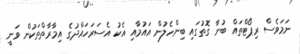
ނަމަވެސް ރިޕޯޓްތައް ބުނާ ގޮތުގައި ބިންހެލުން އައުމާއި އެކު އެސަރަހައްދުގެ އިމާރާތްތަކުން ވަނީ